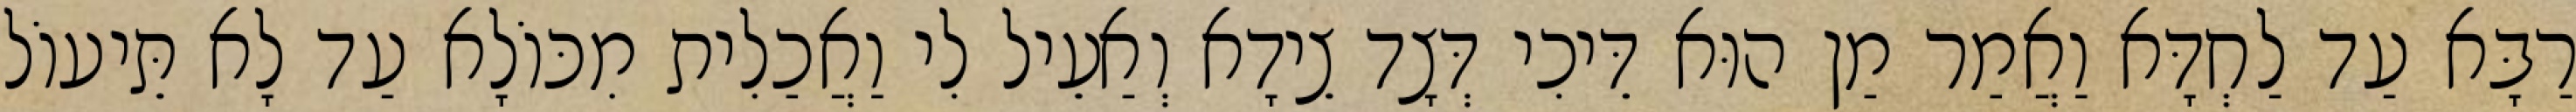
רַבָּא עַד לַחְדָּא וַאֲמַר מַן הוּא דֵּיכִי דְּצָד צֵידָא וְאַעֵיל לִי וַאֲכַלִית מִכּוֹלָא עַד לָא תֵּיעוֹל